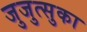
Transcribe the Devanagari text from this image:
जुजुत्सुका